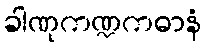
ခါဏုကဏ္ဍကဓာနံ